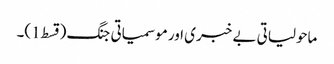
ماحولیاتی بے خبری اور موسمیاتی جنگ (قسط1)۔